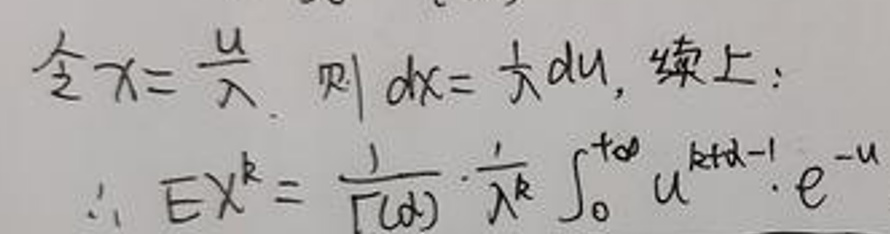
令\(x = \frac{u}{\lambda}\)，则\(dx=\frac{1}{\lambda}du\)，综上：
\[
\therefore EX^{k}=\frac{1}{\Gamma(\alpha)}\cdot\frac{1}{\lambda^{k}}\int_{0}^{+\infty}u^{k + \alpha - 1}\cdot e^{-u}
\]